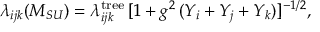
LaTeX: \lambda _ { i j k } ( M _ { S U } ) = \lambda _ { i j k } ^ { \mathrm { t r e e } } \, [ 1 + g ^ { 2 } \, ( Y _ { i } + Y _ { j } + Y _ { k } ) ] ^ { - 1 / 2 } ,